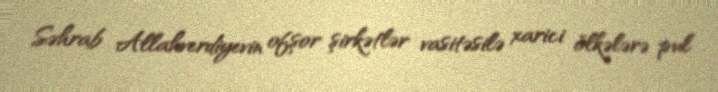
Səhrab Allahverdiyevin ofşor şirkətlər vasitəsilə xarici ölkələrə pul